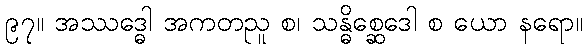
၉၇။ အဿဒ္ဓေါ အကတညူ စ၊ သန္ဓိစ္ဆေဒေါ စ ယော နရော။